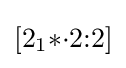
[2_{1}{*}{\cdot }2{:}2]